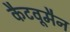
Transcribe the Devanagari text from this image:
कैटवूमैन